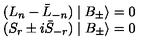
\begin{array} { l } { ( L _ { n } - \bar { L } _ { - n } ) \mid B _ { \pm } \rangle = 0 } \\ { ( S _ { r } \pm i \bar { S } _ { - r } ) \mid B _ { \pm } \rangle = 0 } \\ \end{array}